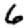
Digit: 6